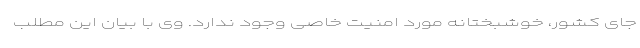
جای کشور، خوشبختانه مورد امنیت خاصی وجود ندارد. وی با بیان این مطلب